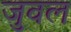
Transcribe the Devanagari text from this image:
जुवल